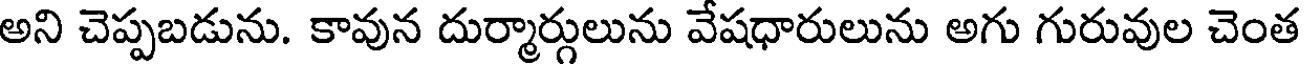
అని చెప్పబడును. కావున దుర్మార్గులును వేషధారులును అగు గురువుల చెంత